Indian journal of veterinary science and animal husbandry - Volumes 18-21, 1948-1951
Year: 1948
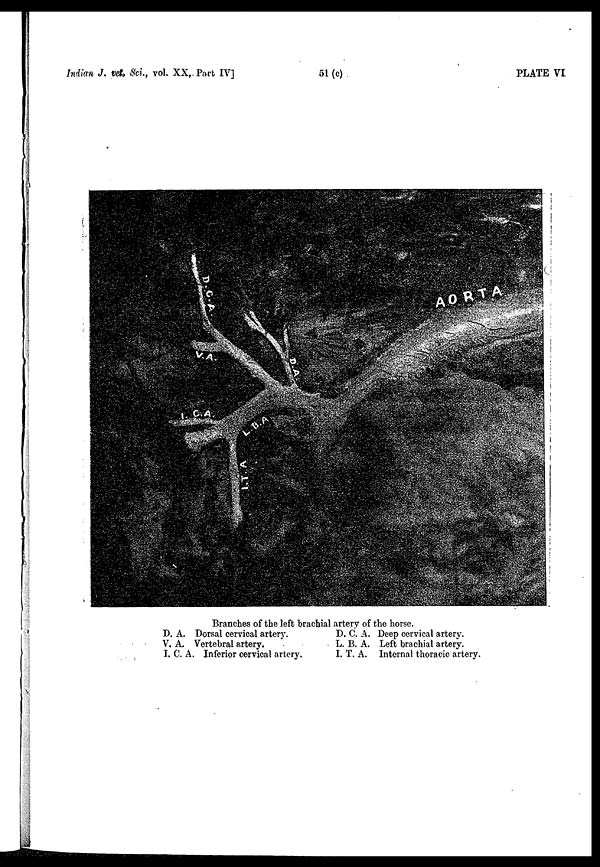
Indian J. vet. Sci., vol. XX, Part IV]
51 (c)
PLATE VI
Branches of the left brachial artery of the horse.
D. A. Dorsal cervical artery.
V. A. Vertebral artery.
I. C. A. Inferior cervical artery.
D. C. A. Deep cervical artery.
L. B. A. Left brachial artery.
I. T. A. Internal thoracic artery.